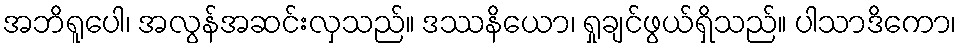
အဘိရူပေါ၊ အလွန်အဆင်းလှသည်။ ဒဿနိယော၊ ရှုချင်ဖွယ်ရှိသည်။ ပါသာဒိကော၊